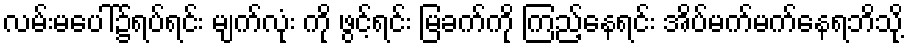
လမ်းမပေါ်၌ရပ်ရင်း မျက်လုံး ကို ဖွင့်ရင်း မြခက်ကို ကြည့်နေရင်း အိပ်မက်မက်နေရဘိသို့